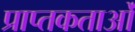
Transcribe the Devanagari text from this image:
प्राप्तकताओं